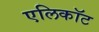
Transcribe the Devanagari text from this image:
एलिकॉट